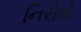
નિરોધો